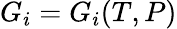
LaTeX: G_{i}=G_{i}(T,P)